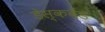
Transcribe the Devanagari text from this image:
डेस्कबैंड